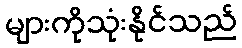
များကိုသုံးနိုင်သည်